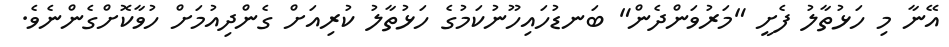
އޭނާ މި ހަޅުތާލު ފެށީ "މަރުވަންދެން" ބަނޑުހައިހޫނުކަމުގެ ހަޅުތާލު ކުރިއަށް ގެންދިއުމަށް ހުވާކޮށްގެންނެވެ.